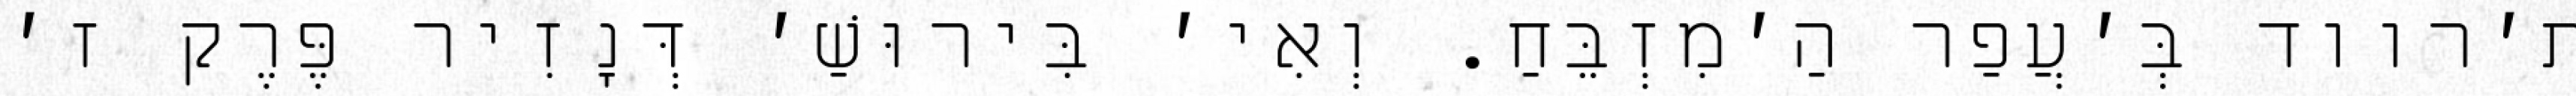
ת׳רווד בְּ׳עֲפַר הַ׳מִזְבֵּחַ. וְאִי׳ בִּירוּשַׁ׳ דְּנָזִיר פֶּרֶק ז׳